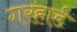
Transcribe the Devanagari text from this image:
गरहार्ड